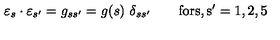
\varepsilon _ { s } \cdot \varepsilon _ { s ^ { \prime } } = g _ { s s ^ { \prime } } = g ( s ) \ \delta _ { s s ^ { \prime } } \qquad \mathrm { f o r s , s ' = 1 , 2 , 5 }